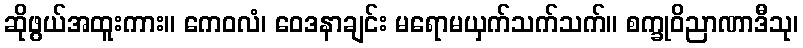
ဆိုဖွယ်အထူးကား။ ကေဝလံ၊ ဝေဒနာချင်း မရောမယှက်သက်သက်။ စက္ခုဝိညာဏာဒီသု၊